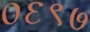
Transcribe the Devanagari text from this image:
०६९७